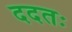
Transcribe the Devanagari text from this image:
ददतः